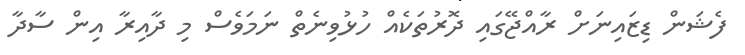
ފެޝަން ޑިޒައިނަށް ރާއްޖޭގައި ދޮރުތަކެއް ހުޅުވިނެތް ނަމަވެސް މި ދާއިރާ އިން ސާދާ